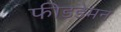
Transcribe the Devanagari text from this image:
फीडडेमन